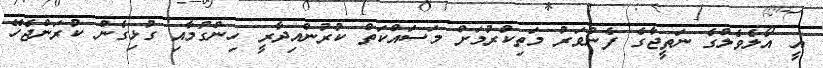
އީ އޯލެވެލްގެ ނަތީޖާގެ ފެންވަރު މަތިކުރުމަށް މަސައްކަތް ކުރުންްއިދާރީ ހިންގުމާއި ގުޅިގެން ކުރަންޖެހޭ